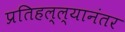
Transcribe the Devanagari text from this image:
प्रतिहल्ल्यानंतर